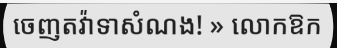
ចេញតវ៉ាទាសំណង! » លោកឱក